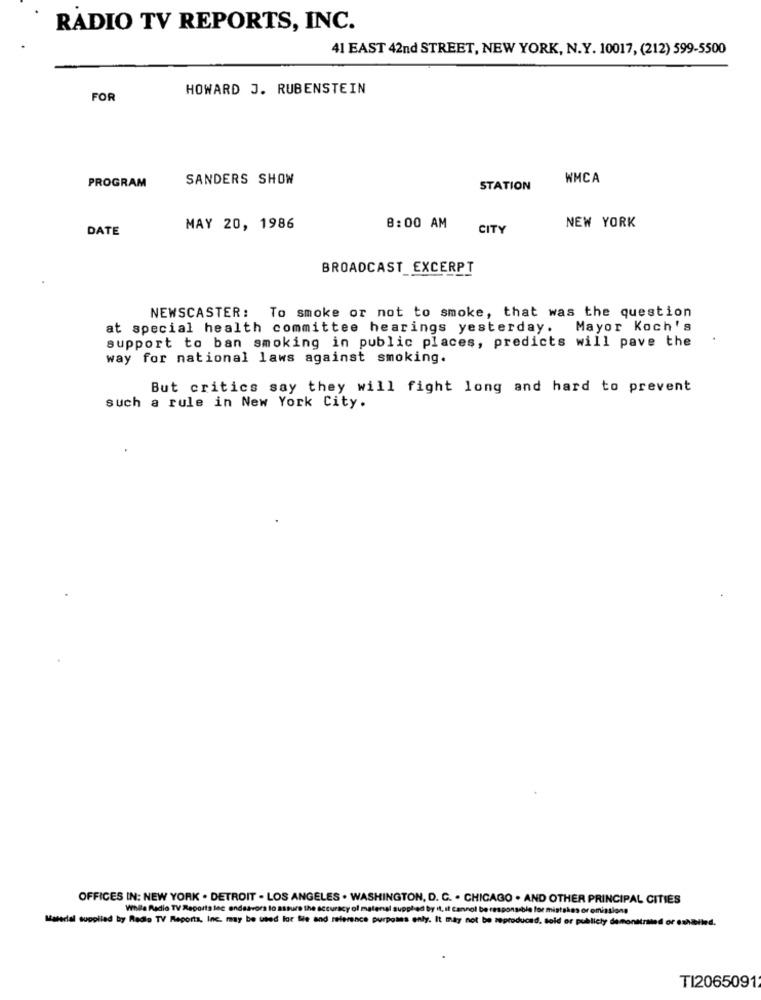
RADIO TV REPORTS, INC.
41 EAST 42nd STREET, NEW YORK, N.Y. 10017, (212) 599-5500
HOWARD J. RUBENSTEIN
FOR
SANDERS SHOW
WMCA
PROGRAM
STATION
DATE
MAY 20, 1986
8:00 AM
CITY
NEW YORK
BROADCAST_EXCERPT
NEWSCASTER: To smoke or not to smoke, that was the question
at special health committee hearings yesterday. Mayor Koch's
support to ban smoking in public places, predicts will pave the
way for national laws against smoking.
But critics say they will fight long and hard to prevent
such a rule in New York City.
OFFICES IN: NEW YORK . DETROIT . LOS ANGELES . WASHINGTON, D. C. . CHICAGO . AND OTHER PRINCIPAL CITIES
While Radio TV Reports lec endeavors to assure the accuracy of matenal supplied by it, It Cannot be responsible for mistskes or omissions
Material supplied by Radio TV Reports, Inc. may be used for Sie and reference purposes only. It may not be reproduced, told or publicly demonstrated or oshielied
TI2065091